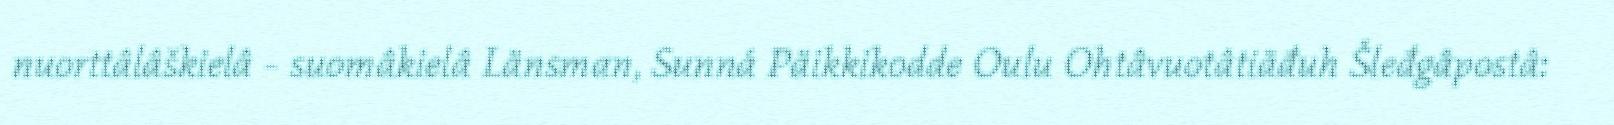
nuorttâlâškielâ - suomâkielâ Länsman, Sunná Päikkikodde Oulu Ohtâvuotâtiäđuh Šleđgâpostâ: